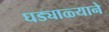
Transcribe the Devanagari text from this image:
घड्याळ्याने